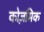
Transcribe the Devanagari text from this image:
कोज़मिक